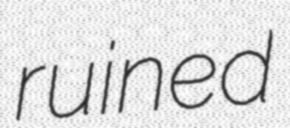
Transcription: ruined